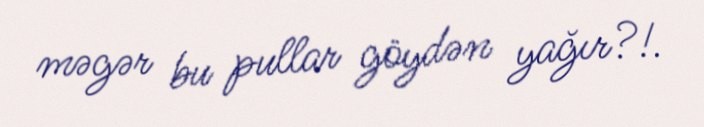
məgər bu pullar göydən yağır?!.